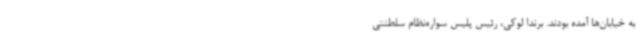
به خیابان‌ها آمده بودند. برندا لوکی، رئیس پلیس سواره‌نظام سلطنتی